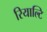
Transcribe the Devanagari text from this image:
रियाल्टि